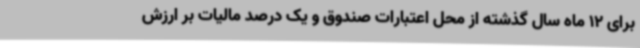
برای 12 ماه سال گذشته از محل اعتبارات صندوق و یک‌ درصد مالیات بر ارزش